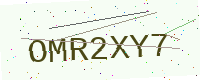
Text: OMR2XY7